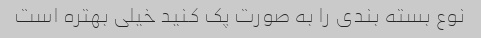
نوع بسته بندی را به صورت پک کنید خیلی بهتره است